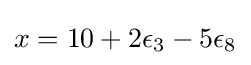
x=10+2\epsilon _{3}-5\epsilon _{8}